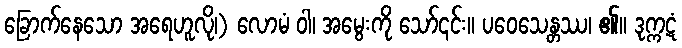
ခြောက်နေသော အရေဟူလို၊) လောမံ ဝါ၊ အမွေးကို သော်၎င်း။ ပဝေသေန္တဿ၊ ၏။ ဒုက္ကဋံ